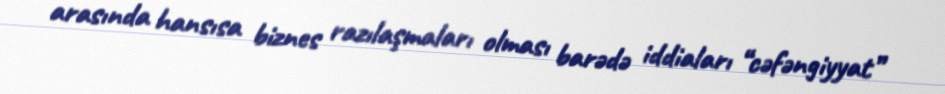
arasında hansısa biznes razılaşmaları olması barədə iddiaları “cəfəngiyyat”